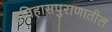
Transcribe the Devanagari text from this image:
इतिहासपुराणातील